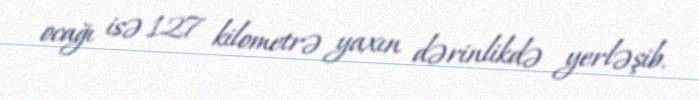
ocağı isə 127 kilometrə yaxın dərinlikdə yerləşib.